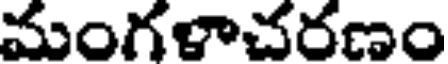
మంగళాచరణం